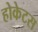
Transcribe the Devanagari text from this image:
होकेटस